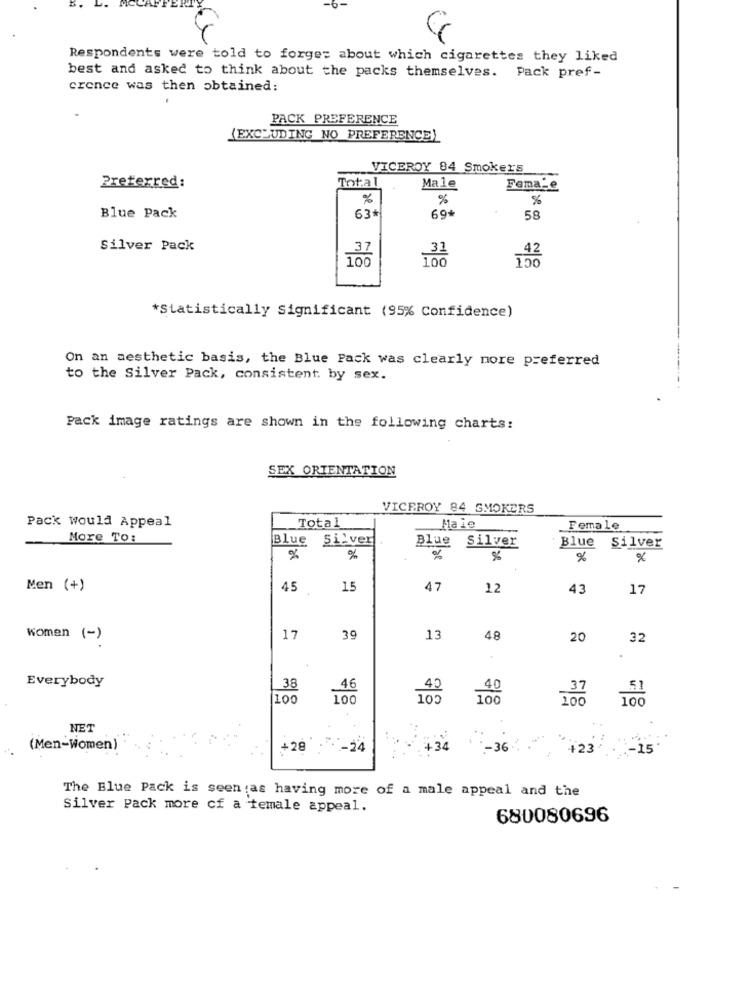
-6-
Respondents were told to forget about which cigarettes they liked
best and asked to think about the packs themselves. Pack pref-
crence was then obtained:
PACK PREFERENCE
(EXCLUDING NO PREFERENCE)
VICEROY 84 Smokers
Preferred:
Total
Male
Fema-e
%
%
%
Blue Pack
63*
69
58
Silver Pack
.42
100
150
*Statistically Significant (95% Confidence)
On an aesthetic basis, the Blue Pack was clearly more preferred
to the Silver Pack, consistent by sex.
Pack image ratings are shown in the following charts:
SEX ORIENTATION
VICEROY 84 SMOKERS
Pack would Appeal
Total
Maie
Female
More TO:
Blue 5i'ver
Blue Silver
Blue
Silver
%
%
%
%
%
x
Men (+)
45
15
47
12
43
17
Women (-)
17
39
13
48
20
32
Everybody
38
46
40
51
100
100
105
100
100
NET
(Men-Women)
+28
-24
+34
-36 . 423
..- 15
The Blue Pack is seen as having more of a male appeal and the
Silver Pack more cf a female appeal.
680080696